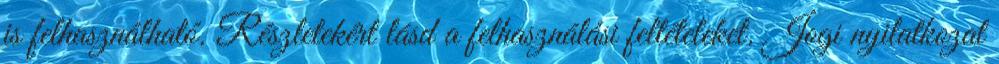
is felhasználható. Részletekért lásd a felhasználási feltételeket. Jogi nyilatkozat